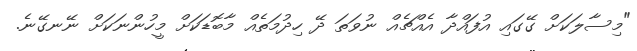
"މިސާލަކަށް ގޭގައި އުފައްދާ އެއްޗެއް ނުވަތަ ދޭ ހިދުމަތެއް މާބޮޑަކަށް މީހުންނަކަށް ނޭނގޭނެ.